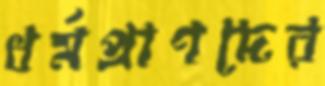
ধর্মপ্রাণদের